Leaving Certificate, 1901
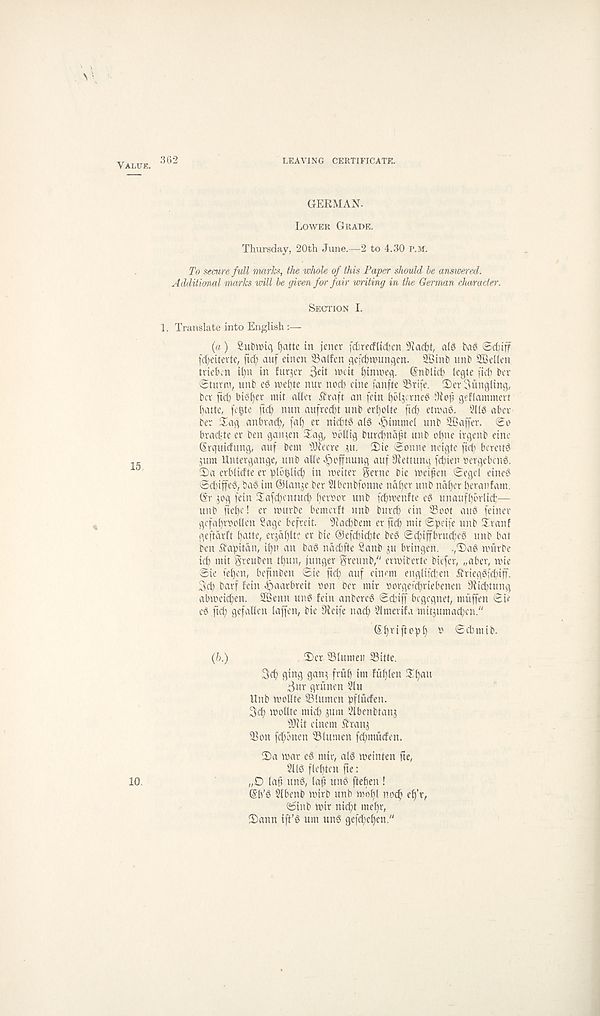
VALUK 362
LEAVING CERTIFICATE.
GERMAN.
Lower Grade.
Thursday, 20th June.—2 to 4.30 P.M.
To secure full marks, the whole of this Paper should be answered.
Additional marks will be given for fair writing in the German character.
Section I.
1. Translate into English
(a) Sutmnq fyatte in jener fcbretfltdien 9iad)t, a(3 bag ©d;iff
fcfyeitevte, ftcf) auf einen 23alfen ^cfcbroungcn. 2Binb unb SBellen
tviebm il)tt in furjer 3eit unit ^imneq. (Snblic^ legle fid) bcv
©turra, unb eg wei)te nur nod) cine fanfte 33ri(e. !l)er bungling,
bcv fid) bigger mit allcv fbraft an fcin ^bljcrncg 3fop geflammcrt
1)
a
bev Xag anbvad), fat) er niditg alg «§immcl unb Staffer, ©o
bvadje ev ben gaiiten JXag, obdig burd)na|it unb of)ne irgenb eine
(Srquidung, auf bent fOiccre w. Tde ©onne ncigte fid) bcreitg
junt Untergange, unb ade ^offnung auf dfettung fd)ien ocrgcbcng.
2)
a
©d)iffeg, bag im ©lanje ber 2lbcnbfonne ndf) er unb ndf)cr beranfam.
(§r jog fein !Iafd)cntud) fcroot unb fd)trenfte eg unaufbbrlid:—
unb fiefc! er murbe bemcrft unb burcf) cin Soot aug feiner
gcfafrooden Sage bcfrcit. 9fad)bem er fteb mit ©pcife unb £ranf
geftarft l)atte, erjafltc er bie ®efd)id)te beg ©cpiprucfeg unb bat
ben ft'apitdn, if)n an bag ndcbfte Sanb su bringen. .,T)ag tmtrbe
id) mit greuben tpun, junger greunb/' cnoibertc biefer, „aber, nue
©ie ieb>-' u, befinben ©ie ftd) auf cin<' m englifdjen £rieggfd)iff.
3cp barf fein Jjaarbreit oon bcr mir oorgeicpriebenen 9fid)tung
alnoeicfen. SBenn ung fein anbercg ©diff bcgcgnet, muffen ©ic
eg fid) gefaden laffcn, bie ^ieife nacp Simerifa mitsumacpen."
(Ibtiftopt) o ©d)mib.
(h.)
T)er Slumeit Side.
3cf) ging gaits fritb im fufjlen 3if)au
3ur gritnen 2lu
Unb modte SUtmcn pfluden.
3d) modte mid) sum Slbenbtans
Slit cinem ftrans
Son fcbonen Slumen fcbmuden.
3)a mar eg mir, alg meinten fie,
2llg f(ef)ten fte:
„0 lafi ung, laf ung ftefien !
@b’g Slbenb mirb unb mobl nocft effr,
©inb mir nid)t mebr,
3)ann ift’g urn ttng gefd)el)en."
10.